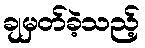
ချမှတ်ခဲ့သည့်